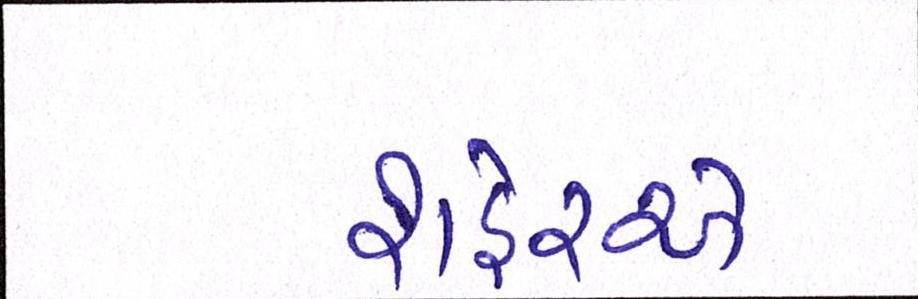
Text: શહેરએ